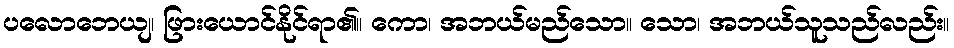
ပလောဘေယျ၊ ဖြားယောင်နိုင်ရာ၏။ ကော၊ အဘယ်မည်သော။ သော၊ အဘယ်သူသည်လည်း။